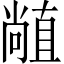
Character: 𥊣